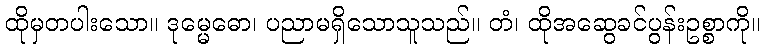
ထိုမှတပါးသော။ ဒုမ္မေဓော၊ ပညာမရှိသောသူသည်။ တံ၊ ထိုအဆွေခင်ပွန်းဥစ္စာကို။